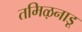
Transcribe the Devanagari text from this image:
तमिऴनाडू